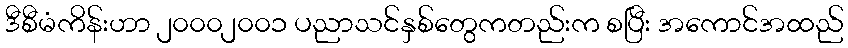
ဒီစီမံကိန်းဟာ ၂၀၀၀၂၀၀၁ ပညာသင်နှစ်တွေကတည်းက စပြီး အကောင်အထည်